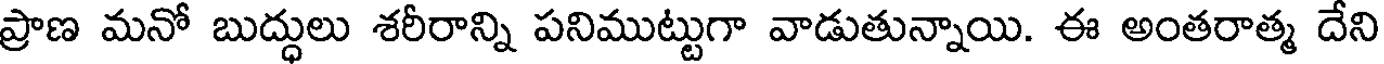
ప్రాణ మనో బుద్ధులు శరీరాన్ని పనిముట్టుగా వాడుతున్నాయి. ఈ అంతరాత్మ దేని